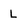
Character: L